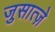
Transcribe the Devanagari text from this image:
जुसात्ज़े